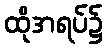
ထိုအရပ်၌